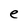
Character: e